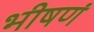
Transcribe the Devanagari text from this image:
भीषणं